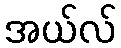
အယ်လ်